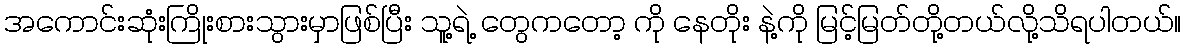
အကောင်းဆုံးကြိုးစားသွားမှာဖြစ်ပြီး သူ့ရဲ့ တွေကတော့ ကို နေတိုး နဲ့ကို မြင့်မြတ်တို့တယ်လို့သိရပါတယ်။